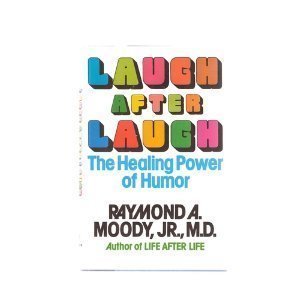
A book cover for Laugh After Laugh: The Healing Power of Humor; Raymond A. Moody Jr.; Humor & Entertainment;